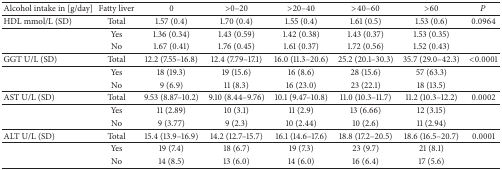
<table><thead><tr><td><b>Alcohol intake in [g/day]</b></td><td><b>Fatty liver </b></td><td><b>0 </b></td><td><b>&gt;0–20</b></td><td><b>&gt;20–40</b></td><td><b>&gt;40–60</b></td><td><b>&gt;60</b></td><td><b><i>P</i></b></td></tr></thead><tbody><tr><td>HDL mmol/L (SD)</td><td>Total</td><td>1.57 (0.4)</td><td>1.70 (0.4)</td><td>1.55 (0.4)</td><td>1.61 (0.5)</td><td>1.53 (0.6)</td><td>0.0964</td></tr><tr><td> </td><td>Yes</td><td>1.36 (0.34)</td><td>1.43 (0.59)</td><td>1.42 (0.38)</td><td>1.43 (0.37)</td><td>1.53 (0.35)</td><td> </td></tr><tr><td> </td><td>No</td><td>1.67 (0.41)</td><td>1.76 (0.45)</td><td>1.61 (0.37)</td><td>1.72 (0.56)</td><td>1.52 (0.43)</td><td> </td></tr><tr><td>GGT U/L (SD)</td><td>Total</td><td>12.2 (7.55–16.8)</td><td>12.4 (7.79–17.1)</td><td>16.0 (11.3–20.6)</td><td>25.2 (20.1–30.3)</td><td>35.7 (29.0–42.3)</td><td>&lt;0.0001</td></tr><tr><td> </td><td>Yes</td><td>18 (19.3)</td><td>19 (15.6)</td><td>16 (8.6)</td><td>28 (15.6)</td><td>57 (63.3)</td><td> </td></tr><tr><td> </td><td>No</td><td>9 (6.9)</td><td>11 (8.3)</td><td>16 (23.0)</td><td>23 (22.1)</td><td>18 (13.5)</td><td> </td></tr><tr><td>AST U/L (SD)</td><td>Total</td><td>9.53 (8.87–10.2)</td><td>9.10 (8.44–9.76)</td><td>10.1 (9.47–10.8)</td><td>11.0 (10.3–11.7)</td><td>11.2 (10.3–12.2)</td><td>0.0002</td></tr><tr><td> </td><td>Yes</td><td>11 (2.89)</td><td>10 (3.1)</td><td>11 (2.9)</td><td>13 (6.66)</td><td>12 (3.15)</td><td> </td></tr><tr><td> </td><td>No</td><td>9 (3.77)</td><td>9 (2.3)</td><td>10 (2.44)</td><td>10 (2.6)</td><td>11 (2.94)</td><td> </td></tr><tr><td>ALT U/L (SD)</td><td>Total</td><td>15.4 (13.9–16.9)</td><td>14.2 (12.7–15.7)</td><td>16.1 (14.6–17.6)</td><td>18.8 (17.2–20.5)</td><td>18.6 (16.5–20.7)</td><td>0.0001</td></tr><tr><td> </td><td>Yes</td><td>19 (7.4)</td><td>18 (6.7)</td><td>19 (7.3)</td><td>23 (9.7)</td><td>21 (8.1)</td><td> </td></tr><tr><td> </td><td>No</td><td>14 (8.5)</td><td>13 (6.0)</td><td>14 (6.0)</td><td>16 (6.4)</td><td>17 (5.6)</td><td> </td></tr></tbody></table>